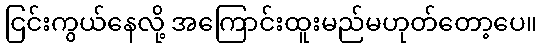
ငြင်းကွယ်နေလို့ အကြောင်းထူးမည်မဟုတ်တော့ပေ။